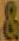
&